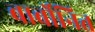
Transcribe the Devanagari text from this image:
बार्बोनित